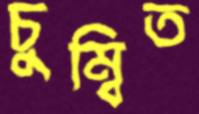
চুম্বিত